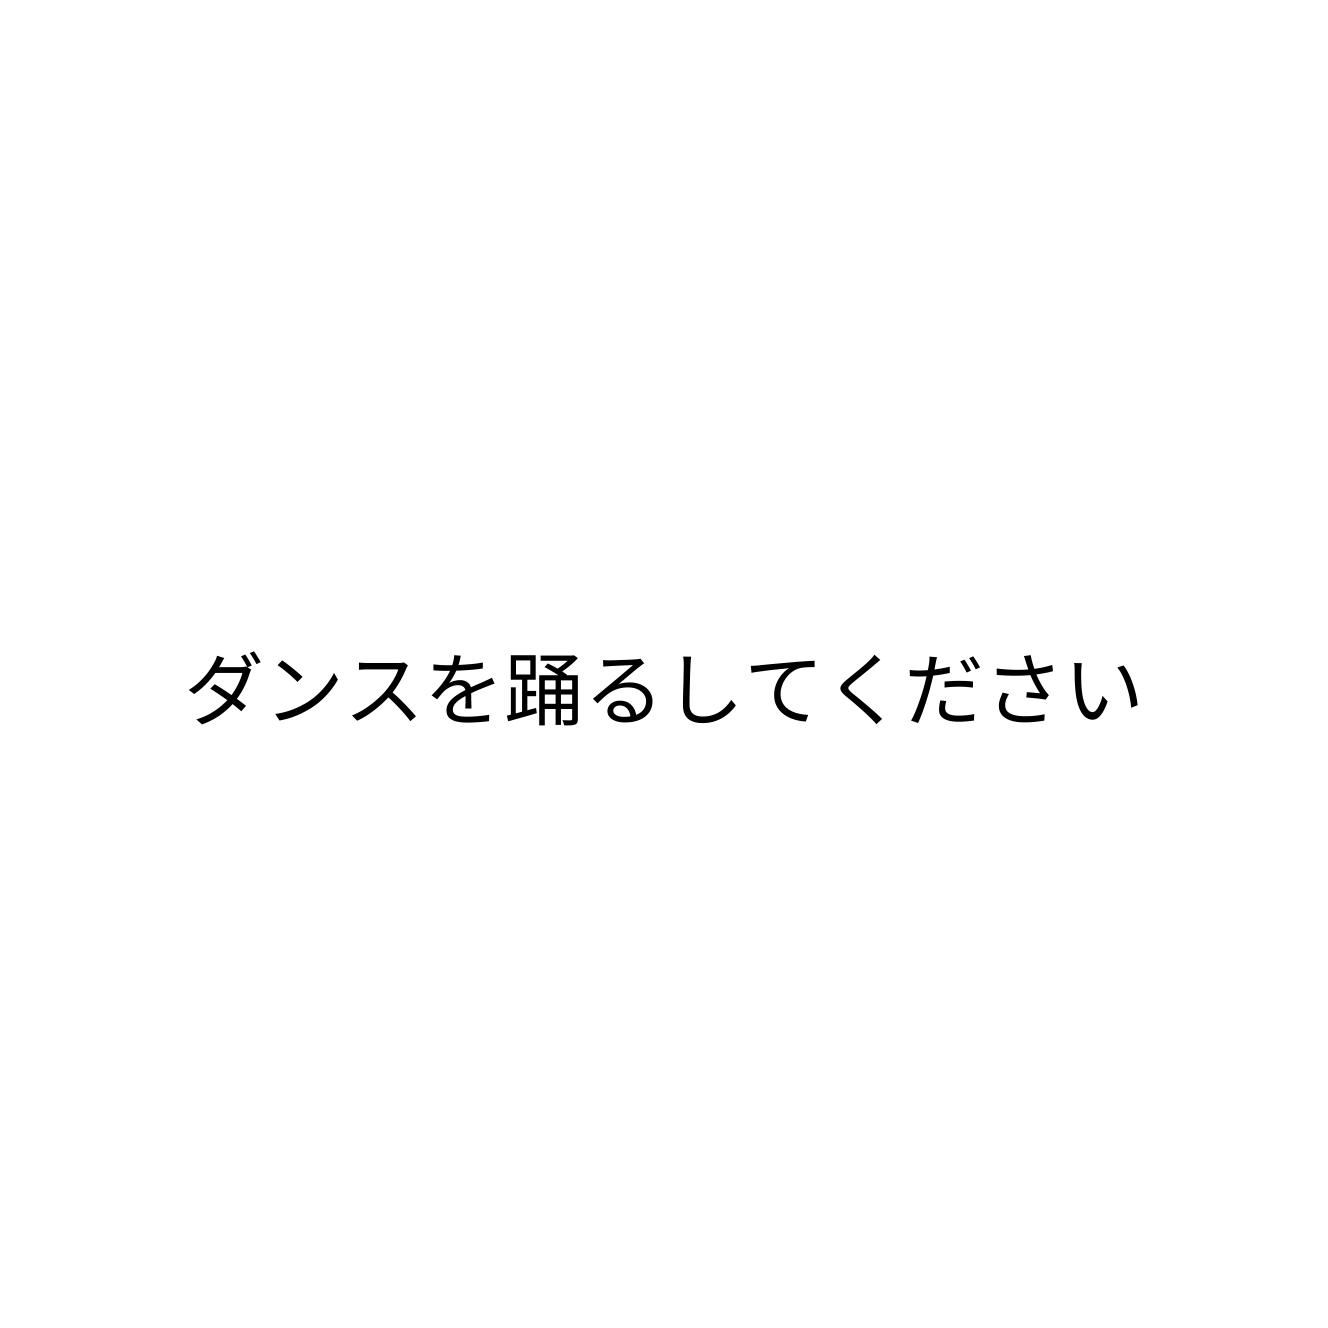
ダンスを踊るしてください